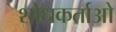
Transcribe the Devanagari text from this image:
शोधकर्ताओ